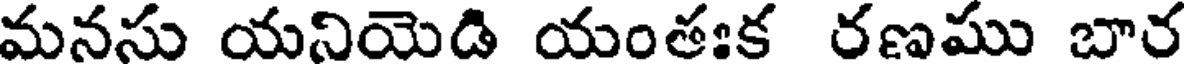
మనసు యనియెడి యంతఃక రణము బార